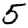
Digit: 5